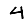
Digit: 4